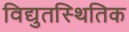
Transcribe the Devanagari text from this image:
विद्युतस्थितिक